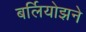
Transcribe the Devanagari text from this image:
बर्लियोझने